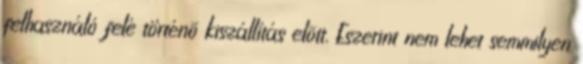
felhasználó felé történõ kiszállítás elõtt. Eszerint nem lehet semmilyen